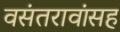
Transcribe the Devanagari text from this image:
वसंतरावांसह